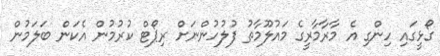
ގޯޅީގައި ހިންގި އެ މާރާމާރީގެ މައުލޫމާތު ފުލުހުންނަށް ރިޕޯޓް ކުރުމުން އެކަން ބަލަމުން